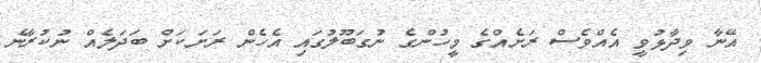
އޭނާ ވިދާޅުވީ އެއްވެސް ރަށެއްގެ މީހުންގެ ނުގަބޫލުގައި އެހެން ރަށަކަށް ބަދަލެއް ނުކުރާނެ